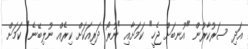
އަދި ސަރުކާރުން "އުނބަށް ޖެހީ" ކަމަށާއި "ނުރޯ ދަރިއަކަށް ކިރެއް ނުލިބޭނެ" ކަމަށް